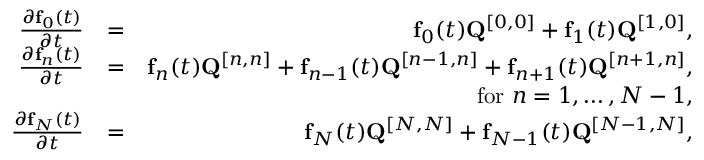
\begin{array} { r l r } { \frac { \partial { \bf f } _ { 0 } ( t ) } { \partial t } } & { = } & { { \bf f } _ { 0 } ( t ) { \bf Q } ^ { [ 0 , 0 ] } + { \bf f } _ { 1 } ( t ) { \bf Q } ^ { [ 1 , 0 ] } , } \\ { \frac { \partial { \bf f } _ { n } ( t ) } { \partial t } } & { = } & { { \bf f } _ { n } ( t ) { \bf Q } ^ { [ n , n ] } + { \bf f } _ { n - 1 } ( t ) { \bf Q } ^ { [ n - 1 , n ] } + { \bf f } _ { n + 1 } ( t ) { \bf Q } ^ { [ n + 1 , n ] } , } \\ & { } & { \quad \mathrm { ~ f o r ~ } n = 1 , \ldots , N - 1 , } \\ { \frac { \partial { \bf f } _ { N } ( t ) } { \partial t } } & { = } & { { \bf f } _ { N } ( t ) { \bf Q } ^ { [ N , N ] } + { \bf f } _ { N - 1 } ( t ) { \bf Q } ^ { [ N - 1 , N ] } , } \end{array}